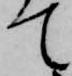
て